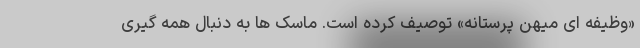
«وظیفه ای میهن پرستانه» توصیف کرده است. ماسک ها به دنبال همه گیری